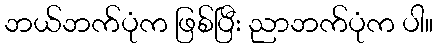
ဘယ်ဘက်ပုံက ဖြစ်ပြီး ညာဘက်ပုံက ပါ။